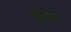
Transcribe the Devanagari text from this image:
ढिंगने